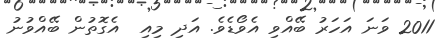
2011 ވަނަ އަހަރު ބޭއްވި އެވޯޑެވެ. އަދި މިއި  އެގޮތުން ބޭއްވުނު